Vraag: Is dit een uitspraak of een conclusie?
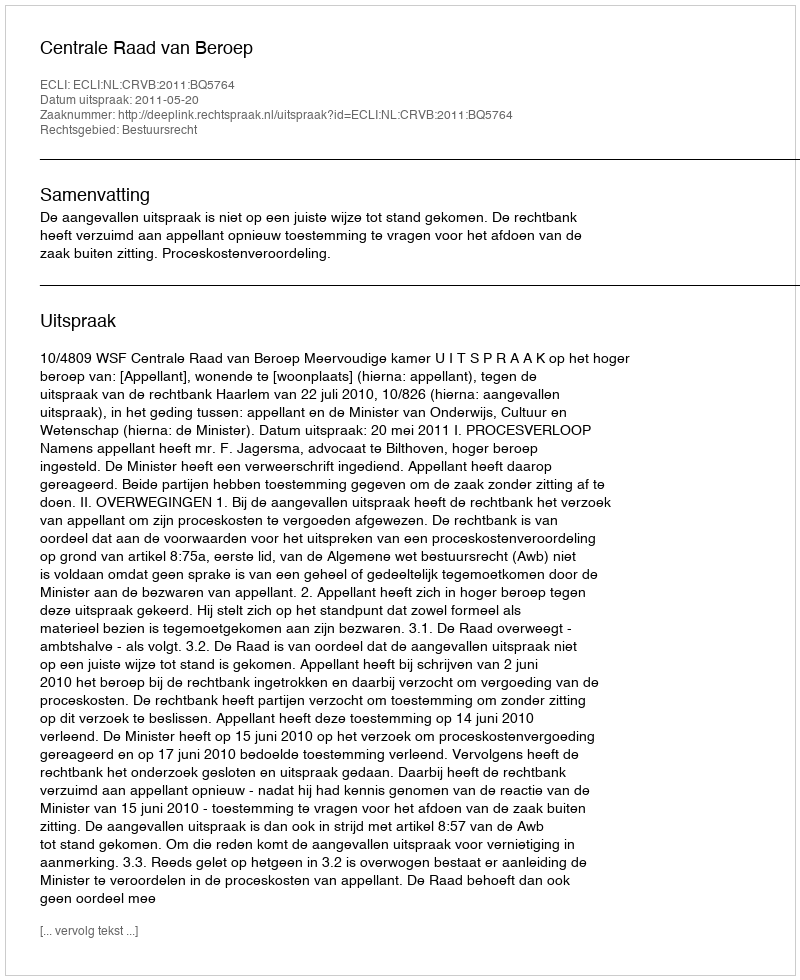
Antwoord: Uitspraak